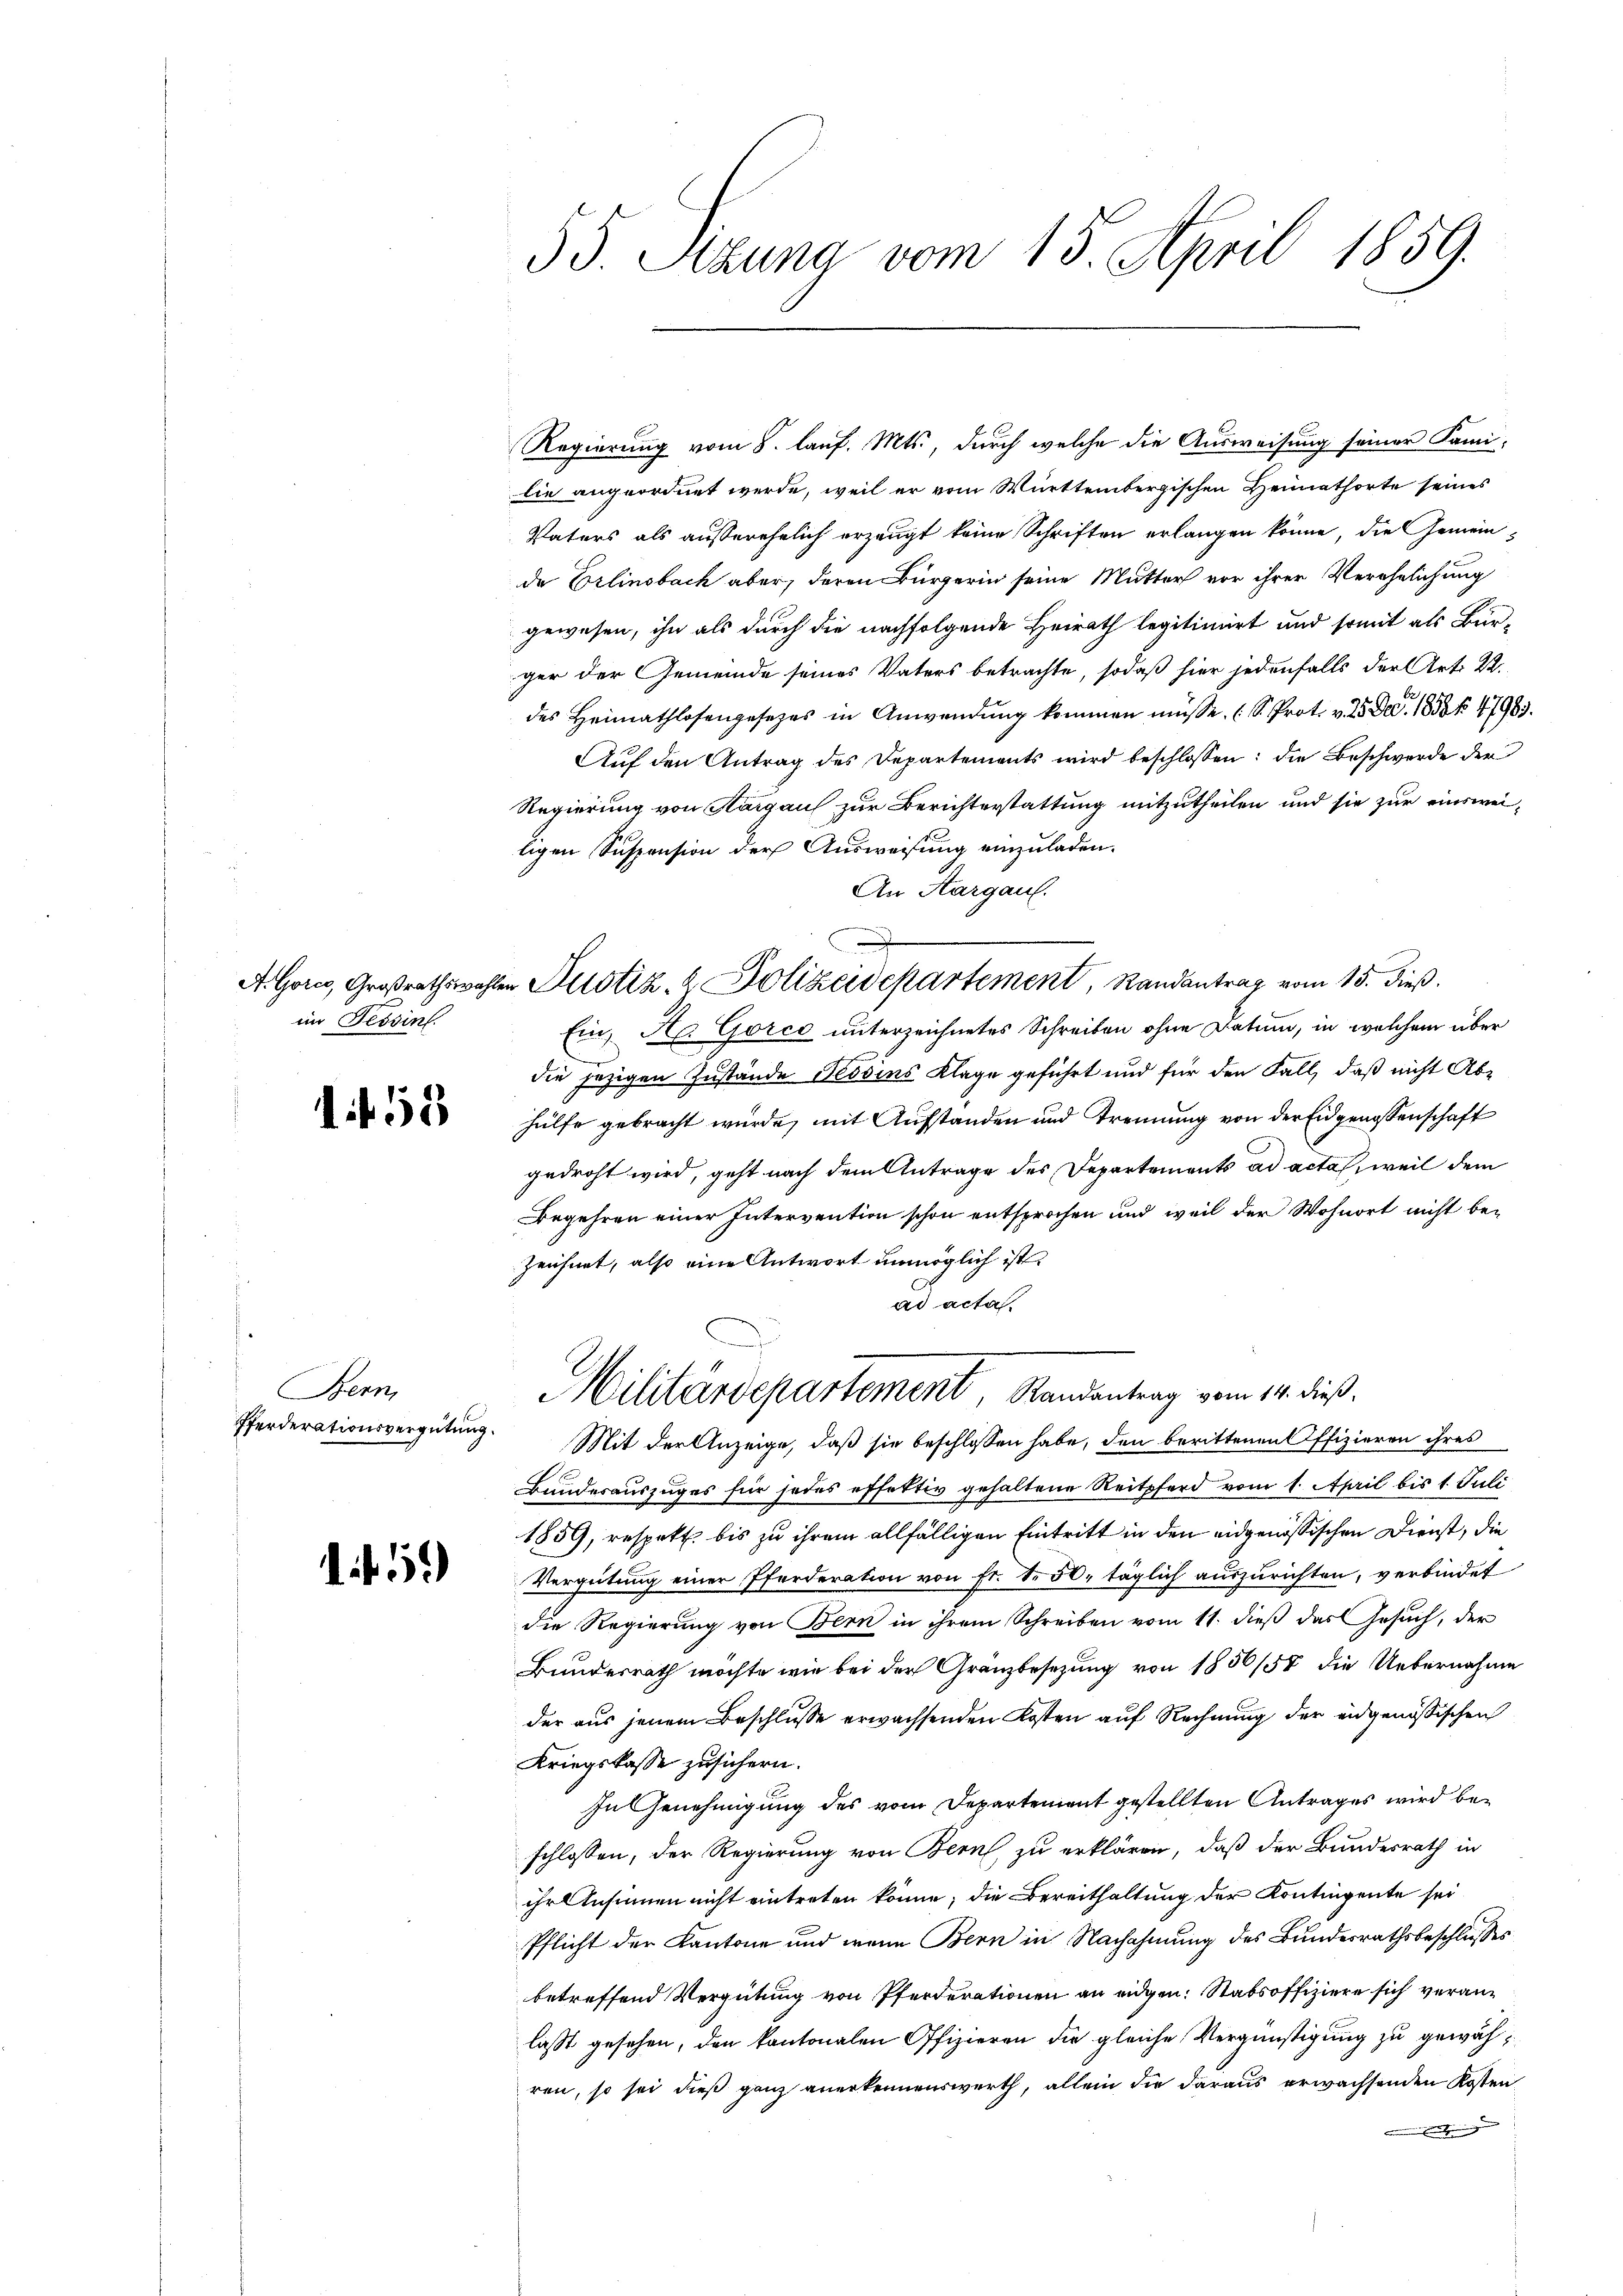
im Tessin.

55

Bern,
Pferderationsvergütung.

15

55. Sizung vom 15. April 1859.

Regierung vom 8. lauf. Mts., durch welche die Ausweisung seiner Fami-
lie angeordnet werde, weil er vom Württembergischen Heimathorte seines
Vaters als ausserehelich erzeugt keine Schriften erlangen könne, die Gemeinde Erlinsbach aber, deren Bürgerin seine Mutter vor ihrer Verehelichung
gewesen, ihn als durch die nachfolgende Heirath legitimiert und somit als Bürger der Gemeinde seines Vaters betrachte, sodaß hier jedenfalls der Art. 22.
des Heimathlosengesezes in Anwendung kommen müsse. (S. Prot. v. 25. Dec. 1852 § 4798.
Auf den Antrag des Departements wird beschlossen: die Beschwerde der
Regierung von Aargau zur Berichterstattung mitzutheilen und sie zur einsweiligen Suspension der Ausweisung einzuladen.
An Aargau.
A Gorce, Großrathswahlen Zustiz- & Polizeidepartement, Randantrag vom 15. dieß.
Ein, A. Gorco unterzeichnetes Schreiben ohne Datum, in welchem über
die jezigen Zustände Tessins Klage geführt und für den Fall, daß nicht Abhülfe gebracht wurde, mit Aufstanden und Trennung von der Eidgenossenschaft
gedroht wird, geht nach dem Antrage des Departements ad acta, weil dem
Begehren einer Intervention schon entsprochen und weil der Wohnort nicht bezeichnet, also eine Antwort unmöglich ist
ad acta.
Militärdepartement Randantrag vom 14. dieß,
Mit der Anzeige, daß sie beschlossen habe, den berittenen Offizieren ihres
Bundesauszuges für jedes effektiv gehaltene Reitpferd vom 1. April bis 1. Juli
1859, respett. bis zu ihrem allfälligen Eintritt in den eidgenössischen Dienst, die
Vergeitung einer Pferderation von Fr. Nr. 50. täglich auszurichten, verbindet
die Regierung von Bern in ihrem Schreiben vom 11. dieß das Gesuch, der
Bundesrath möchte wie bei der Granzbesetzung von 1856/58 die Uebernahme
der aus jenem Beschlusse erwachsenden Kosten auf Rechnung der eidgenössischen
Kriegskasse zusichern.
In Genehmigung des vom Departement gestellten Antrages wird beschlossen, der Regierung von Bern, zu erklären, daß der Bundesrath in
ihr Ansinnen nicht eintreten könne; die Bereithaltung der Kontingente sei
Pflicht der Kantone und wenn Bern in Nachahmung des Bundesrathsbeschlusses
betreffend Vergütung von Pferderationen an eidgen: Stabsoffiziere sich veranlasst gesehen, den kantonalen Offizieren die gleiche Vergünstigung zu gewähren, so sei dieß ganz anerkennenswerth, allein die daraus erwachsenden Kosten
 Ende ge